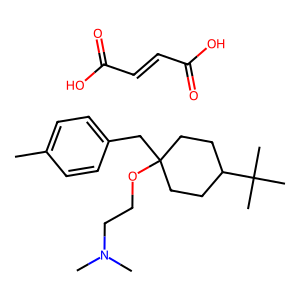
SMILES: Cc1ccc(CC2(OCCN(C)C)CCC(C(C)(C)C)CC2)cc1.O=C(O)C=CC(=O)O
Inhibits HIV replication: No